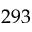
2 9 3